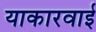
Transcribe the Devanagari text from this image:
याकारवाई